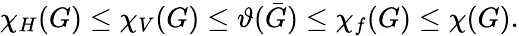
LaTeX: \chi_{H}(G)\leq\chi_{V}(G)\leq\vartheta({\bar{G}})\leq\chi_{f}(G)\leq\chi(G).